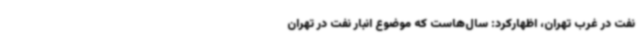
نفت در غرب تهران، اظهارکرد: سال‌هاست که موضوع انبار نفت در تهران